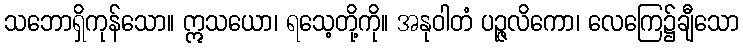
သဘောရှိကုန်သော။ ဣသယော၊ ရသေ့တို့ကို။ အနုဝါတံ ပဉ္ဇလိကော၊ လေကြေ၌ချီသော